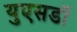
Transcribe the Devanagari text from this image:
युएसडॉ